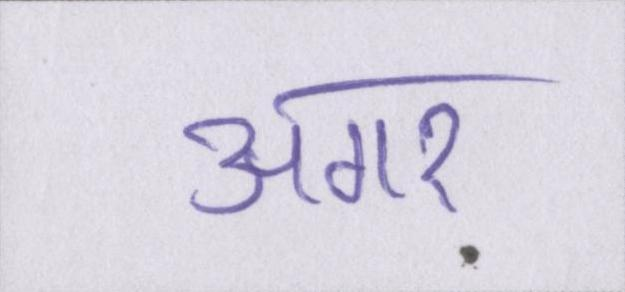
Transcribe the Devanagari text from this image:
अगर